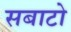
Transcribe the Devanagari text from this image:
सबाटो